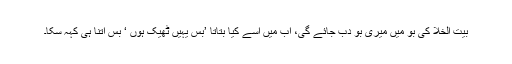
بیت الخلا کی بو میں میری بو دب جائے گی، اب میں اسے کیا بتاتا ’بس یہیں ٹھیک ہوں ‘ بس اتنا ہی کہہ سکا۔